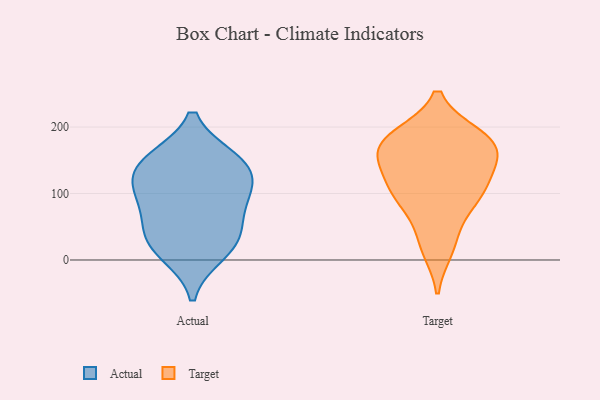
{"axis": {"x": "Churn Rate (%)", "y": "Value"}, "legend": ["Actual", "Target"], "data": [{"x": "", "y": 58, "type": "Actual"}, {"x": "", "y": 148, "type": "Actual"}, {"x": "", "y": 145, "type": "Actual"}, {"x": "", "y": 24, "type": "Actual"}, {"x": "", "y": 38, "type": "Actual"}, {"x": "", "y": 93, "type": "Actual"}, {"x": "", "y": 151, "type": "Actual"}, {"x": "", "y": 107, "type": "Actual"}, {"x": "", "y": 110, "type": "Actual"}, {"x": "", "y": 10, "type": "Actual"}, {"x": "", "y": 83, "type": "Target"}, {"x": "", "y": 169, "type": "Target"}, {"x": "", "y": 120, "type": "Target"}, {"x": "", "y": 108, "type": "Target"}, {"x": "", "y": 17, "type": "Target"}, {"x": "", "y": 96, "type": "Target"}, {"x": "", "y": 182, "type": "Target"}, {"x": "", "y": 186, "type": "Target"}, {"x": "", "y": 151, "type": "Target"}, {"x": "", "y": 30, "type": "Target"}, {"x": "", "y": 186, "type": "Target"}, {"x": "", "y": 163, "type": "Target"}, {"x": "", "y": 138, "type": "Target"}, {"x": "", "y": 173, "type": "Target"}, {"x": "", "y": 93, "type": "Target"}]}